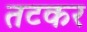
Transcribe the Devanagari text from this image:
तटकर